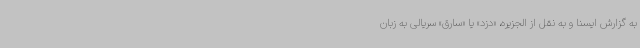
به گزارش ایسنا و به نقل از الجزیره، «دزد» یا «سارق» سریالی به زبان